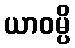
ယာဝမ္ပိ